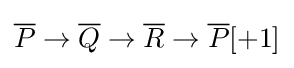
{\overline {P}}\to {\overline {Q}}\to {\overline {R}}\to {\overline {P}}[+1]